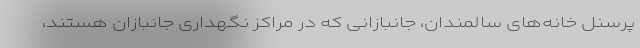
پرسنل خانه‌های سالمندان، جانبازانی که در مراکز نگهداری جانبازان هستند،